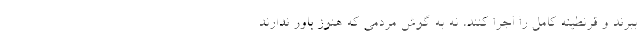
ببرند و قرنطینه کامل را اجرا کنند، نه به گوش مردمی که هنوز باور ندارند